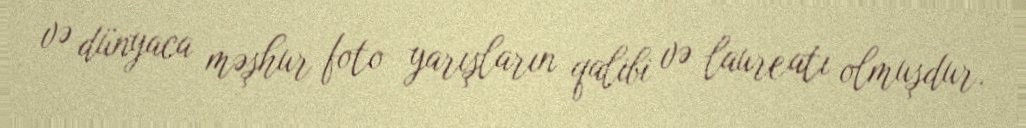
və dünyaca məşhur foto yarışların qalibi və laureatı olmuşdur.